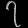
Digit: ၇